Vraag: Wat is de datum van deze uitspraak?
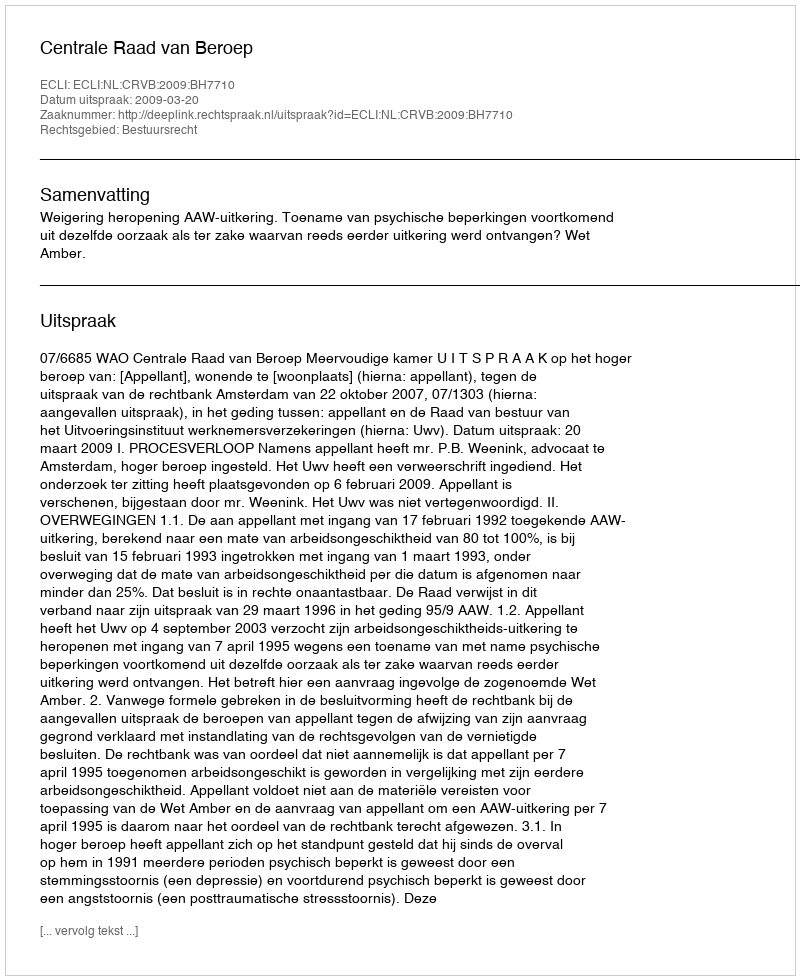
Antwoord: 2009-03-20